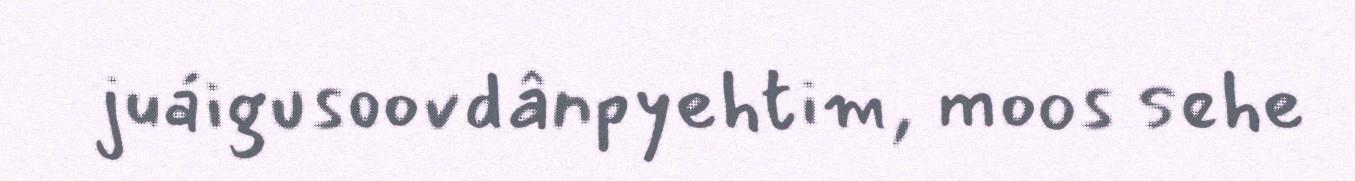
juáigusoovdânpyehtim, moos sehe